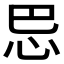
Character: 𰑈